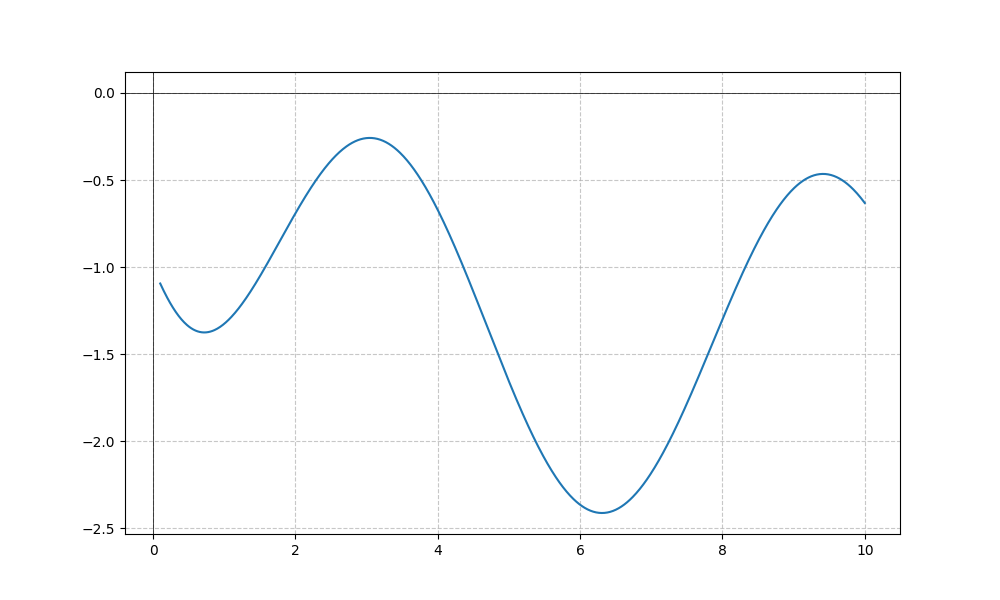
LaTeX formula: - \cos{\left(x \right)} - \operatorname{atan}{\left(x \right)}